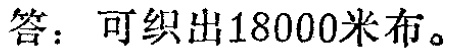
答：可织出18000米布。